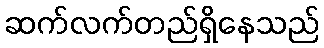
ဆက်လက်တည်ရှိနေသည်